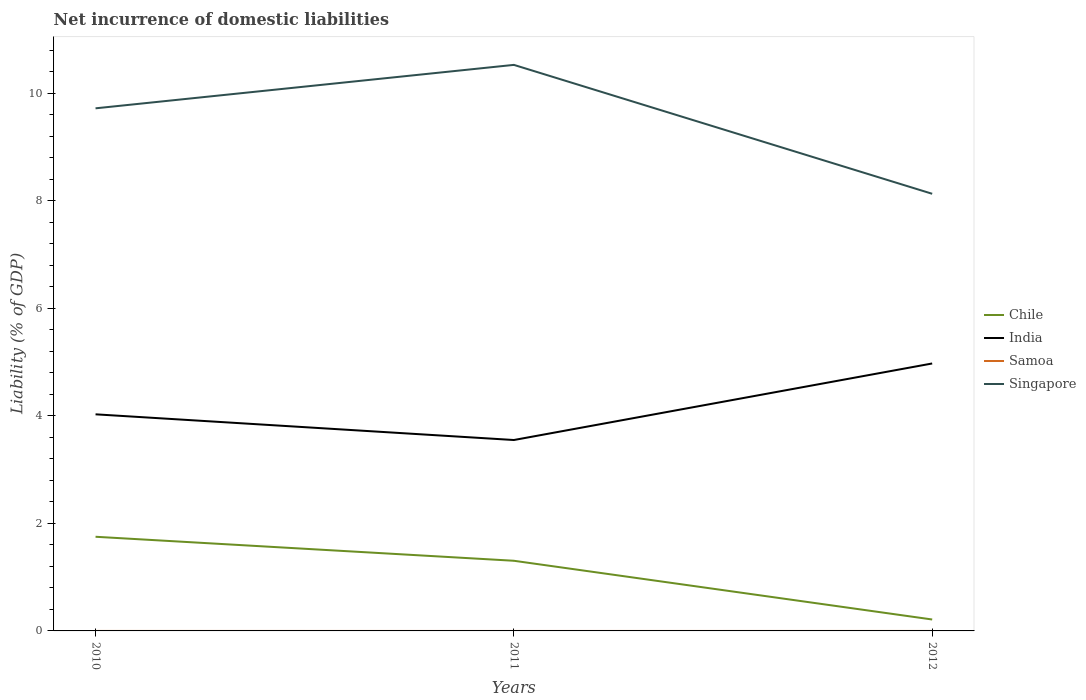
| Years | Chile | India | Samoa | Singapore |
 | --- | --- | --- | --- | --- |
 | 2010 | 1.75 | 4.03 | -0.000307 | 9.72 |
 | 2011 | 1.3 | 3.55 | -0.000461 | 10.5 |
 | 2012 | 0.213 | 4.97 | -0.000388 | 8.13 |